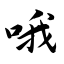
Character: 哦